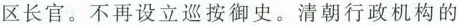
区长官。不再设立巡按御史。清朝行政机构的